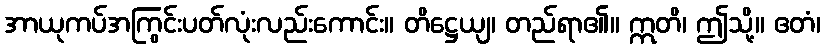
အာယုကပ်အကြွင်းပတ်လုံးလည်းကောင်း။ တိဋ္ဌေယျ၊ တည်ရာ၏။ ဣတိ၊ ဤသို့။ ဧတံ၊